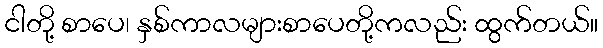
ငါတို့ စာပေ၊ နှစ်ကာလများစာပေတို့ကလည်း ထွက်တယ်။